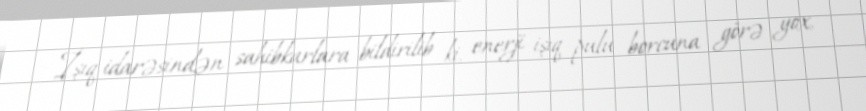
İşıq idarəsindən sahibkarlara bildirilib ki, enerji işıq pulu borcuna görə yox,